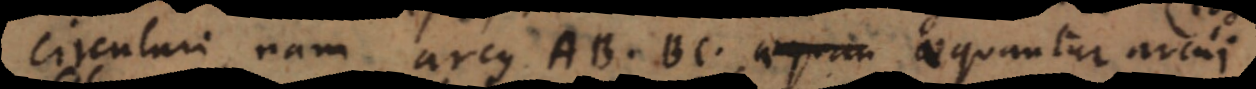
circulari, nam arcus AB, BC aequantur arcui